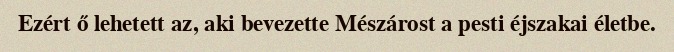
Ezért ő lehetett az, aki bevezette Mészárost a pesti éjszakai életbe.